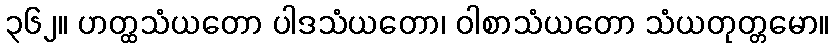
၃၆၂။ ဟတ္ထသံယတော ပါဒသံယတော၊ ဝါစာသံယတော သံယတုတ္တမော။